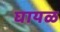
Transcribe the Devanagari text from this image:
घायळ